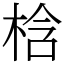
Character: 梒